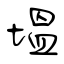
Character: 塭